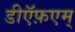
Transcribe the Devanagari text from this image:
डीऍफ़एम्